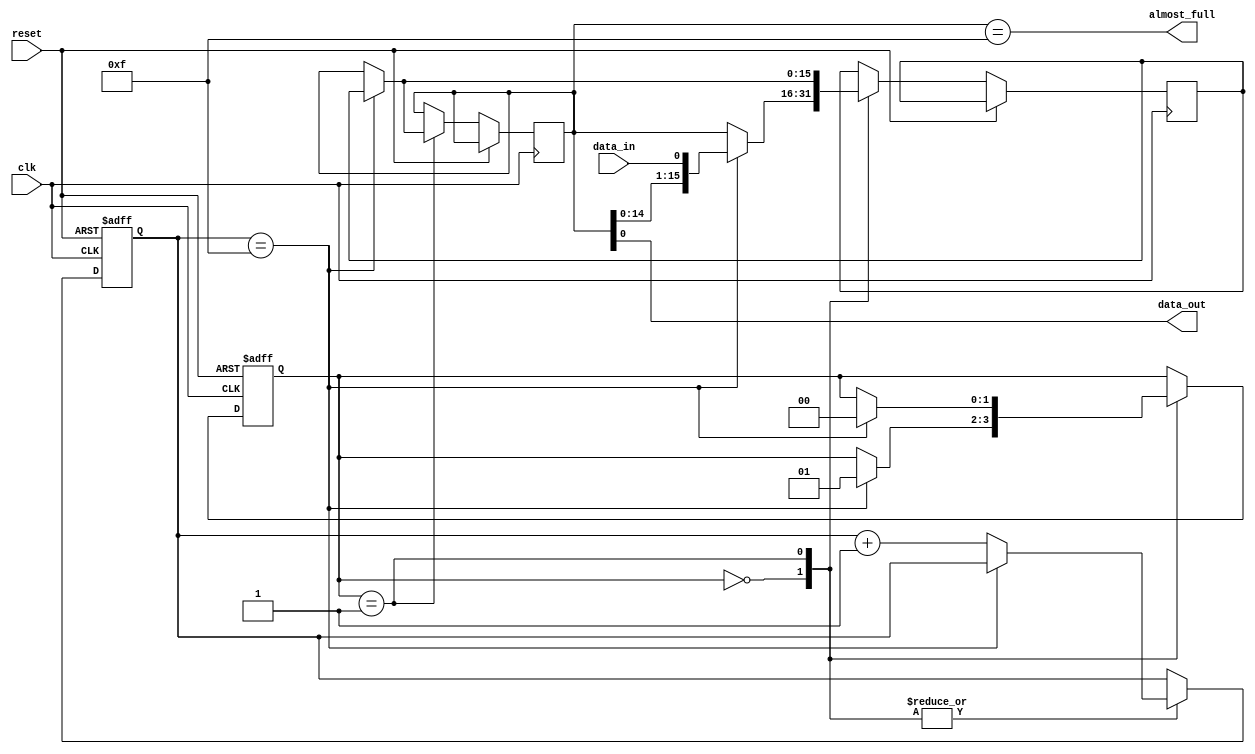
module Almost_Full_FIFO(
    input wire clk,
    input wire reset,
    input wire data_in,
    output wire data_out,
    output wire almost_full
);

// Define parameters
parameter BUFFER_SIZE = 16;

// Define signals
reg [BUFFER_SIZE-1:0] buffer;
reg [BUFFER_SIZE-1:0] next_buffer;
reg [1:0] state;
reg [3:0] counter;

// Define state values
parameter IDLE = 2'b00;
parameter TRANSFER = 2'b01;

// Define counter values
parameter CNT_MAX = 4'd15;

// Timing control logic
always @(posedge clk or posedge reset) begin
    if (reset) begin
        state <= IDLE;
        counter <= 0;
    end else begin
        case (state)
            IDLE: begin
                if (counter == CNT_MAX) begin
                    next_buffer <= {buffer[14:0], data_in};
                    state <= TRANSFER;
                end else begin
                    next_buffer <= buffer;
                    counter <= counter + 1;
                end
            end
            TRANSFER: begin
                if (counter == CNT_MAX) begin
                    buffer <= next_buffer;
                    state <= IDLE;
                end else begin
                    next_buffer <= buffer;
                    counter <= counter + 1;
                end
            end
        endcase
    end
end

// Control Almost-Full flag
assign almost_full = (buffer == (BUFFER_SIZE-1));

// Data output logic
assign data_out = buffer[0];

endmodule